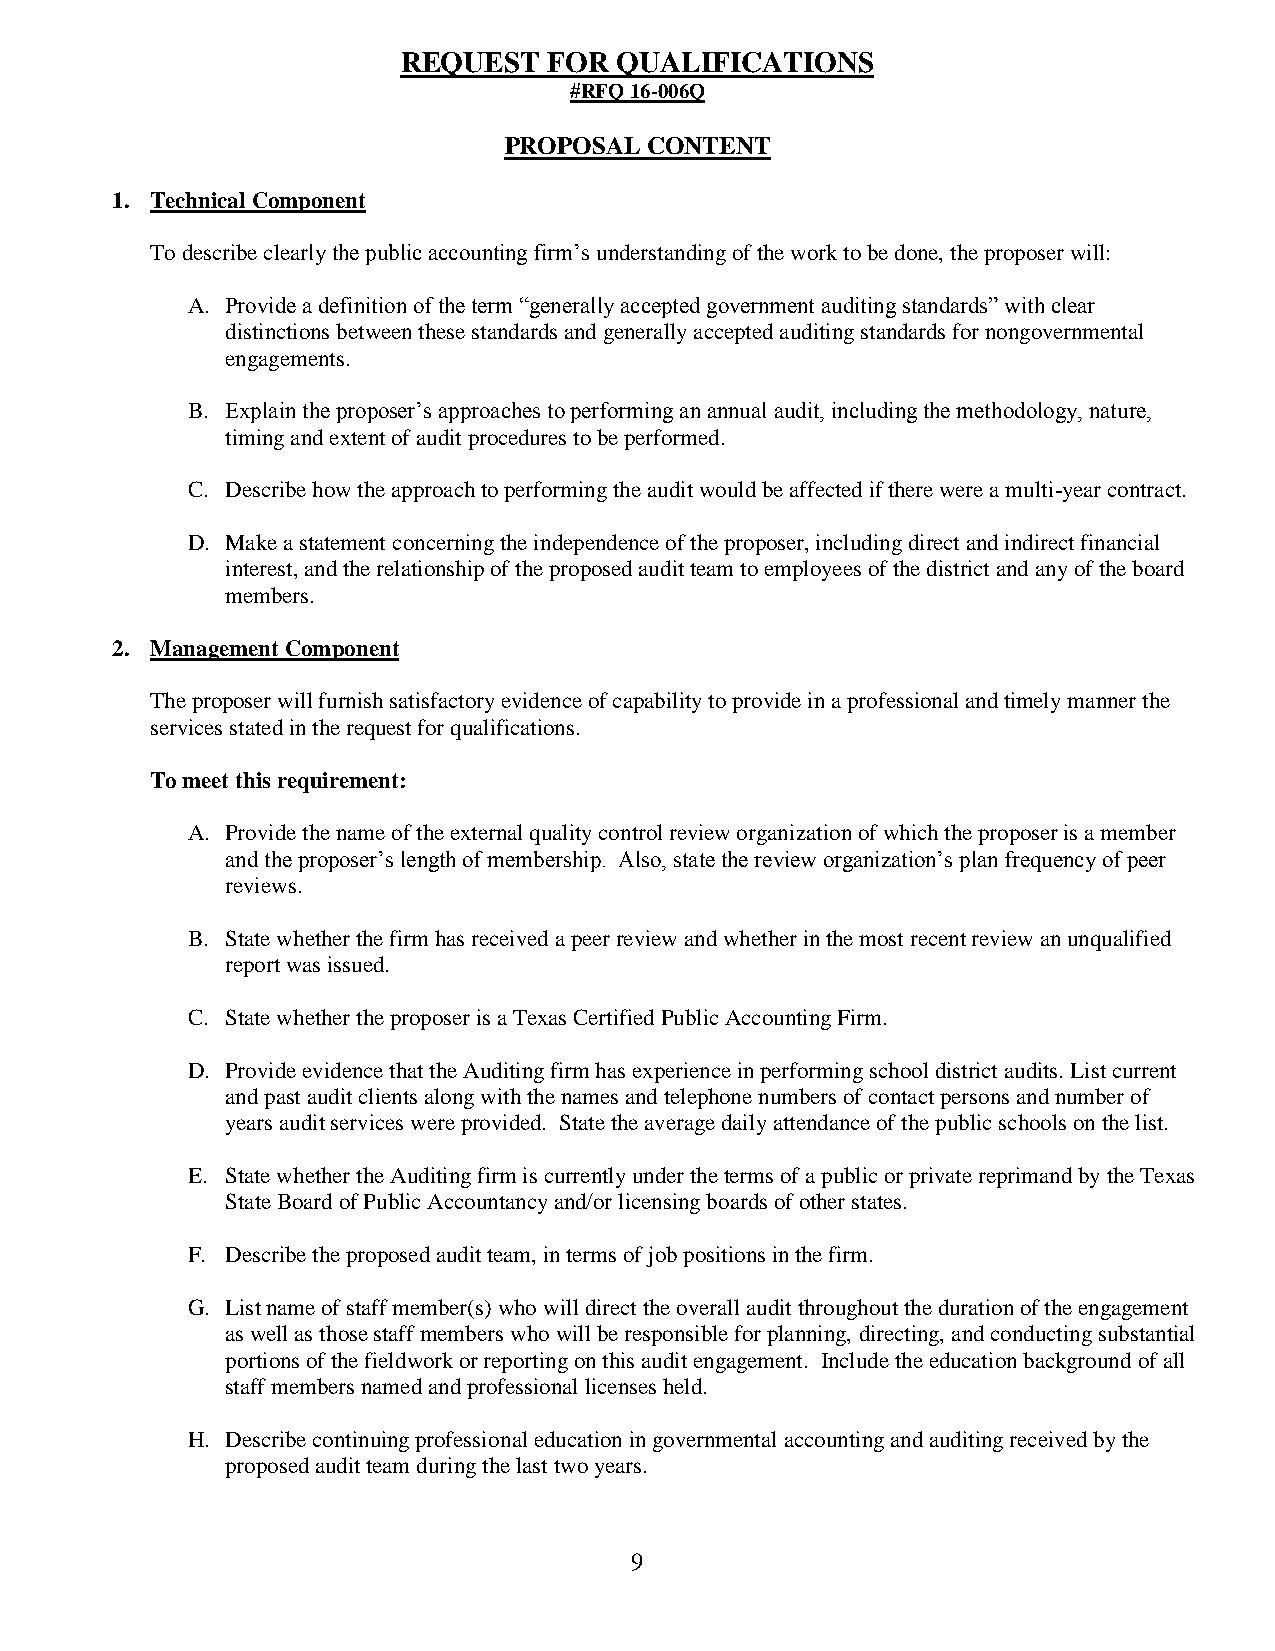
REQUEST  FOR  QUALIFICATIONS
 #RFQ 16-006Q
 PROPOSAL  CONTENT
 1. Technical Component
 To describe clearly the public accounting firm’s understanding of the work to be done, the proposer will:
 A. Provide a definition of the term “generally accepted government auditing standards” with clear
 distinctions between these standards and generally accepted auditing standards for nongovernmental
 engagements.
 B. Explain the proposer’s approaches to performing an annual audit, including the methodology, nature,
 timing and extent of audit procedures to be performed.
 C. Describe how the approach to performing the audit would be affected if there were a multi-year contract.
 D. Make a statement concerning the independence of the proposer, including direct and indirect financial
 interest, and the relationship of the proposed audit team to employees of the district and any of the board
 members.
 2. Management Component
 The proposer will furnish satisfactory evidence of capability to provide in a professional and timely manner the
 services stated in the request for qualifications.
 To meet this requirement:
 A. Provide the name of the external quality control review organization of which the proposer is a member
 and the proposer’s length of membership. Also, state the review organization’s plan frequency of peer
 reviews.
 B. State whether the firm has received a peer review and whether in the most recent review an unqualified
 report was issued.
 C. State whether the proposer is a Texas Certified Public Accounting Firm.
 D. Provide evidence that the Auditing firm has experience in performing school district audits. List current
 and past audit clients along with the names and telephone numbers of contact persons and number of
 years audit services were provided. State the average daily attendance of the public schools on the list.
 E. State whether the Auditing firm is currently under the terms of a public or private reprimand by the Texas
 State Board of Public Accountancy and/or licensing boards of other states.
 F. Describe the proposed audit team, in terms of job positions in the firm.
 G. List name of staff member(s) who will direct the overall audit throughout the duration of the engagement
 as well as those staff members who will be responsible for planning, directing, and conducting substantial
 portions of the fieldwork or reporting on this audit engagement. Include the education background of all
 staff members named and professional licenses held.
 H. Describe continuing professional education in governmental accounting and auditing received by the
 proposed audit team during the last two years.
 9